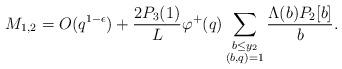
LaTeX: \begin{align*}M_{1,2} &= O(q^{1-\epsilon}) + \frac{2P_3(1)}{L} \varphi^+(q) \sum_{\substack{b \leq y_2 \\ (b,q)=1}} \frac{\Lambda(b) P_2[b]}{b}.\end{align*}